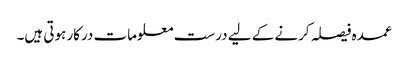
عمدہ فیصلہ کرنے کے لیے درست معلومات درکار ہوتی ہیں۔